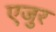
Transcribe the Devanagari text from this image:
एजुर